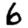
Digit: 6